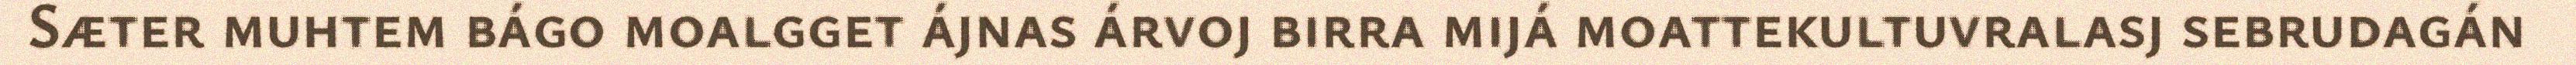
Sæter muhtem bágo moalgget ájnas árvoj birra mijá moattekultuvralasj sebrudagán